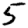
Digit: 5